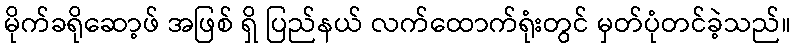
မိုက်ခရိုဆော့ဖ် အဖြစ် ရှိ ပြည်နယ် လက်ထောက်ရုံးတွင် မှတ်ပုံတင်ခဲ့သည်။